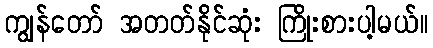
ကျွန်တော် အတတ်နိုင်ဆုံး ကြိုးစားပါ့မယ်။